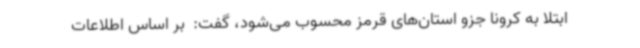
ابتلا به کرونا جزو استان‌های قرمز محسوب می‌شود، گفت: ‌ بر اساس اطلاعات